Newspaper: Wichita daily eagle. [volume]
Place of publication: Wichita, Kan.
Publisher: M.M. Murdock & R.P. Murdcock
Date: 1885-09-19 00:00:00
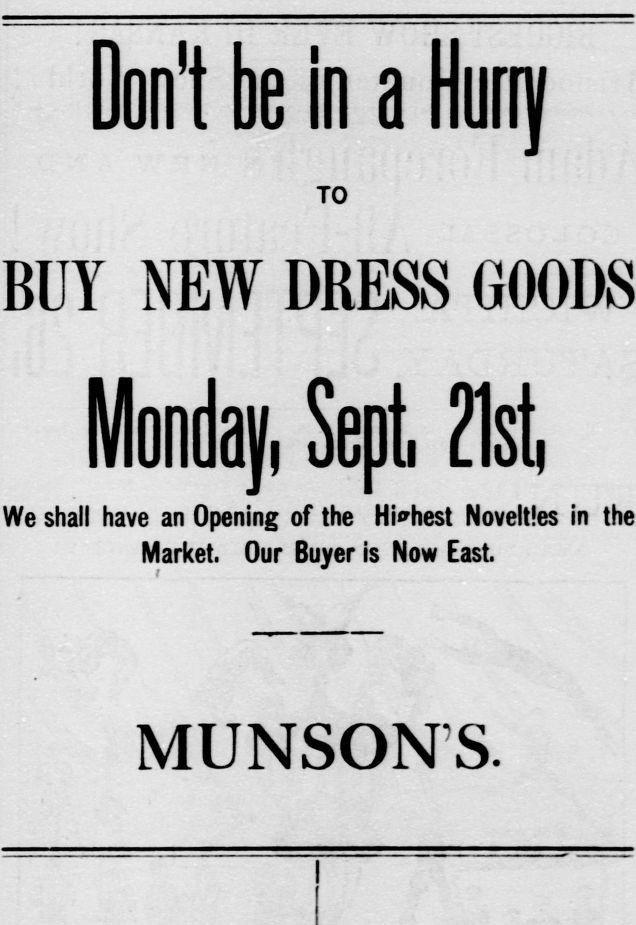
Advertisement text (OCR):
Don't be BUY NEW DRESS GOODS Mon day, We shall have an Opening of the Highest Novelties in the Market. Our Buyer is Now East. MUNSON'S. in a Hurry TO Sept 21st
Label: text-only